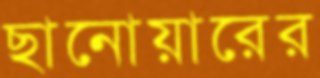
ছানোয়ারের